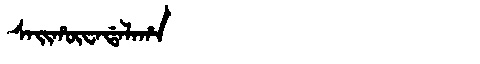
Manchu: ᠰᠠᡳᡥᡡᠸᠠᡩᠠᠯᠠᡥᠠ
Romanization: SAIHŪWADALAHA